Vaccination in Burma 1889-1999 - 1889-1999
Year: 1889
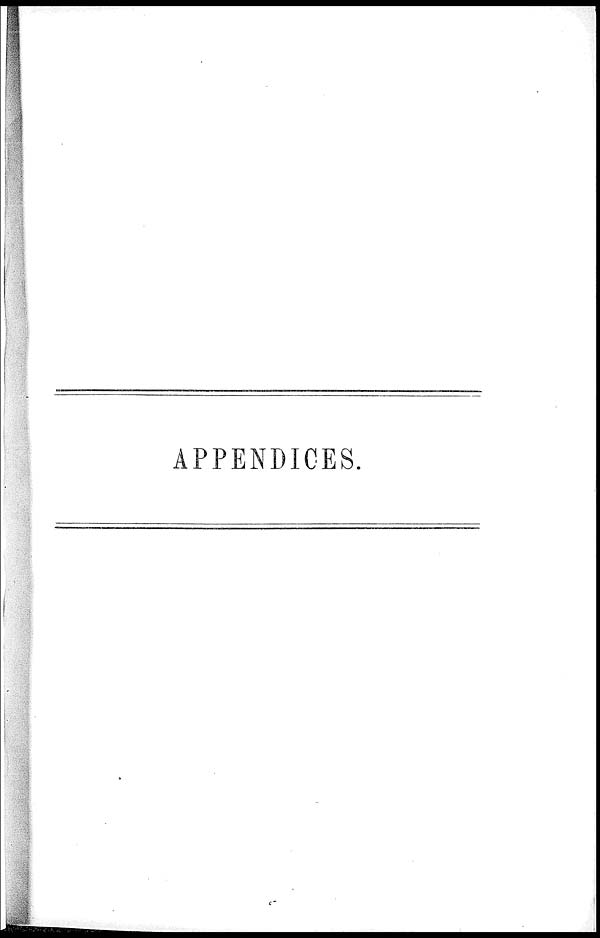
APPENDICES.